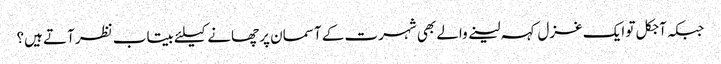
جبکہ آجکل تو ایک غزل کہہ لینے والے بھی شہرت کے آسمان پر چھانے کیلئے بیتاب نظر آتے ہیں؟